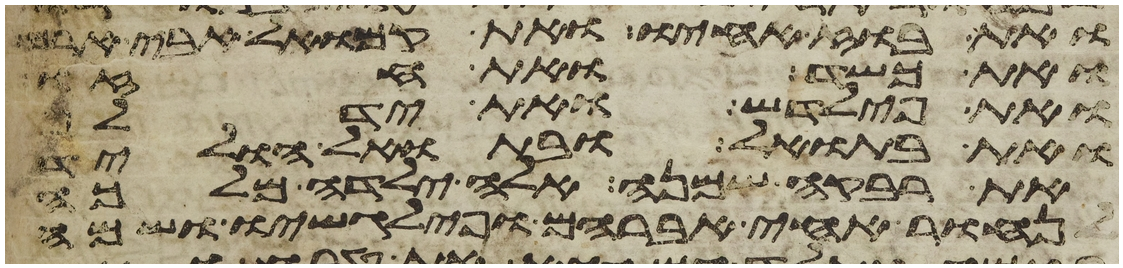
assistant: ואת בוז אחיו ואת קמואל אבי ארם
ואת כשד ואת חזו
ואת פילדש ואת ידלף
ואת בתואל ובתואל הוליד
את רבקה שמנה אלה ילדה מלכה
לנחור אחי אברהם ופילגשו ושמה